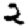
Digit: 2